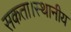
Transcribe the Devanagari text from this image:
सकता।स्थानीय